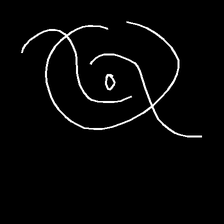
Glyph: repetition